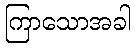
ကြာသောအခါ